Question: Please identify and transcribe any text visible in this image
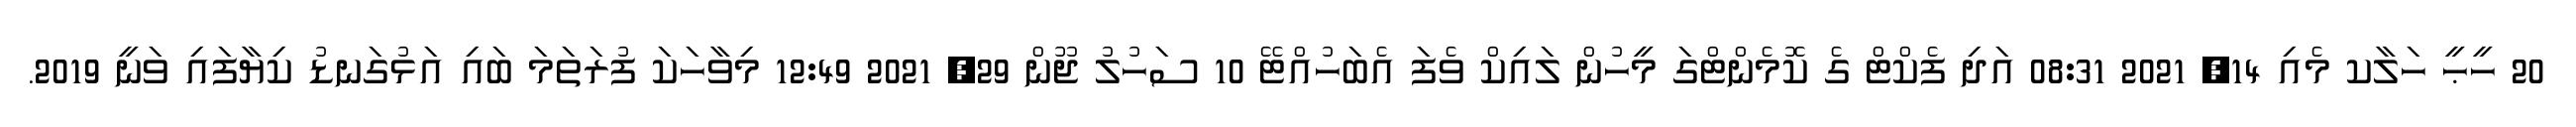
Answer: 20 ހީޙީ ހަލާކ މެއި 14, 2021 08:31 އަދި ފެކްޓް ގެ ކޮމެންޓްގަ މީހުން ލައިކް ވެފަ އެބަހުއްޓޭ 10 ސަހުލު ޖޫން 29, 2021 12:49 މިވާހަކަ ފުރަތަމަ ބައި އަޅުގަނޑު ކިޔާފައި ވަނީ 2019.